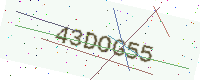
Text: 43DOG55